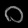
Digit: ၀